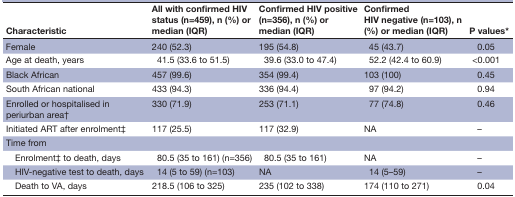
| Characteristic | All with confirmed HIV status (n=459), n (%) or median (IQR) | Confirmed HIV positive (n=356), n (%) or median (IQR) | Confirmed HIV negative (n=103), n (%) or median (IQR) | P values* |
 | --- | --- | --- | --- | --- |
 | Female | 240 (52.3) | 195 (54.8) | 45 (43.7) | 0.05 |
 | Age at death, years | 41.5 (33.6 to 51.5) | 39.6 (33.0 to 47.4) | 52.2 (42.4 to 60.9) | <0.001 |
 | Black African | 457 (99.6) | 354 (99.4) | 103 (100) | 0.45 |
 | South African national | 433 (94.3) | 336 (94.4) | 97 (94.2) | 0.94 |
 | Enrolled or hospitalised in periurban area† | 330 (71.9) | 253 (71.1) | 77 (74.8) | 0.46 |
 | Initiated ART after enrolment‡ | 117 (25.5) | 117 (32.9) | NA | – |
 | <COLSPAN=5> Time from |
 | Enrolment‡ to death, days | 80.5 (35 to 161) (n=356) | 80.5 (35 to 161) | NA | – |
 | HIV-negative test to death, days | 14 (5 to 59) (n=103) | NA | 14 (5–59) | – |
 | Death to VA, days | 218.5 (106 to 325) | 235 (102 to 338) | 174 (110 to 271) | 0.04 |